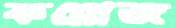
কন্নোজ